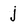
Character: j